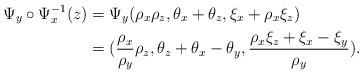
LaTeX: \begin{align*}\Psi_y\circ \Psi_x^{-1} (z) &= \Psi_y (\rho_x \rho_z, \theta_x+\theta_z, \xi_x+\rho_x\xi_z) \\&= ( \frac{\rho_x}{\rho_y}\rho_z, \theta_z +\theta_x-\theta_y, \frac{\rho_x \xi_z+\xi_x-\xi_y}{\rho_y}).\end{align*}